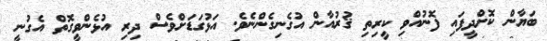
ބަޔާން ކޮށްދީފައި ފޮނުއްވި ކީރިތި ޤުރުއާން އުގެނިގެންނެވެ. އަޅުގަޑަށްވެސް ދިރި އުޅެންވީގޮތް އެގުނީ